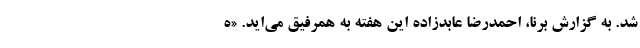
شد. به گزارش برنا، احمدرضا عابدزاده این هفته به همرفیق مى‌اید. «ه